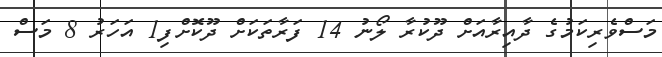
މަސްވެރިކަމުގެ ދާއިރާއަށް ދޫކުރާ ލޯނު 14 ފަރާތަކަށް ދޫކޮށްފި1 އަހަރު 8 މަސް